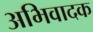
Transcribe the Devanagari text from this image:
अभिवादक